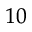
_ { 1 0 }